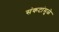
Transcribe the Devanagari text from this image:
संकटांमुळे